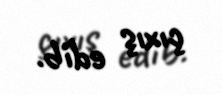
çıxış edib.